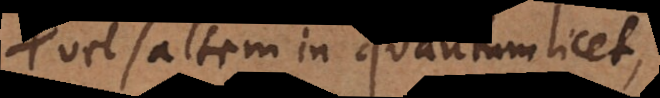
vel saltem in quantum licet,